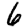
Digit: 6